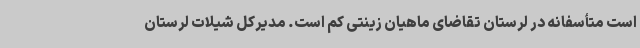
است متأسفانه در لرستان تقاضای ماهیان زینتی کم است. مدیرکل شیلات لرستان